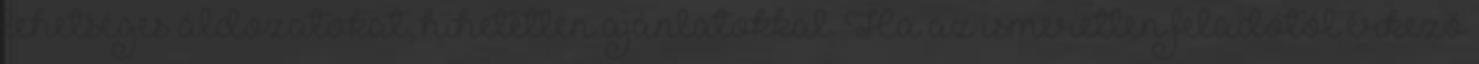
lehetséges áldozatokat, hihetetlen ajánlatokkal. Ha az ismeretlen feladótól érkező